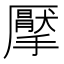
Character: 擪